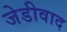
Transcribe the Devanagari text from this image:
जेडीवाद